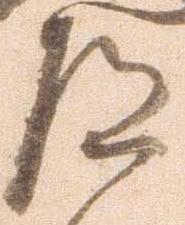
殿